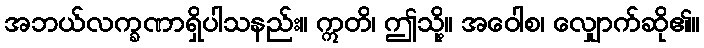
အဘယ်လက္ခဏာရှိပါသနည်း။ ဣတိ၊ ဤသို့။ အဝေါစ၊ လျှောက်ဆို၏။